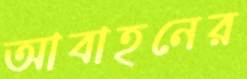
আবাহনের